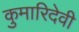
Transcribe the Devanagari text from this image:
कुमारिदेवी